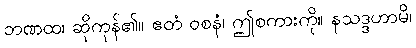
ဘဏထ၊ ဆိုကုန်၏။ ဧတံ ဝစနံ၊ ဤစကားကို။ နသဒ္ဒဟာမိ၊